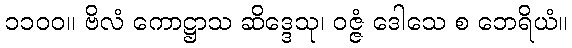
၁၁၀၀။ ဗိလံ ကောဋ္ဌာသ ဆိဒ္ဒေသု၊ ဝဇ္ဇံ ဒေါသေ စ ဘေရိယံ။